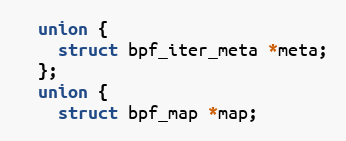
Language: C++
  union {
    struct bpf_iter_meta *meta;
  };
  union {
    struct bpf_map *map;